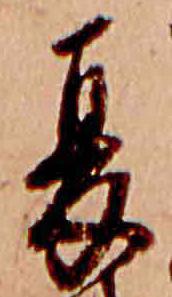
夏